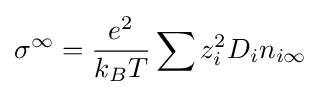
\sigma ^{\infty }={\frac {e^{2}}{k_{B}T}}\sum z_{i}^{2}D_{i}n_{i\infty }